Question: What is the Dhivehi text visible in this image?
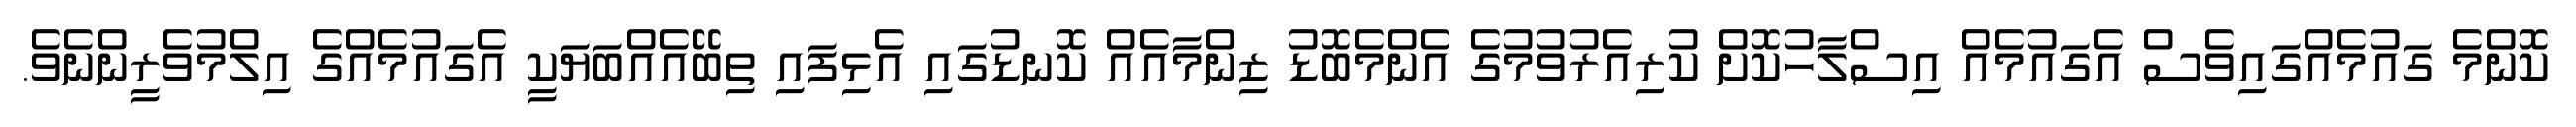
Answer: ކޮންމެ ގައުމެއްގައިވެސް އެގައުމެއް އިސްލާހުކޮށް ކުރިއެރުވުމުގެ އެންމެބޮޑު ޒިންމާއެއް ކޮނޑުގައި އެޅިފައި ތިބޭއެއްބަޔަކީ އެގައުމެއްގެ އިލްމުވެރީންނެވެ.